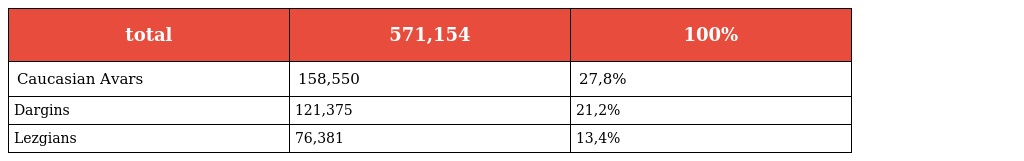
| total | 571,154 | 100% |
 | --- | --- | --- |
 | Caucasian Avars | 158,550 | 27,8% |
 | Dargins | 121,375 | 21,2% |
 | Lezgians | 76,381 | 13,4% |